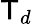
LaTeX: \mathsf{T}_{d}